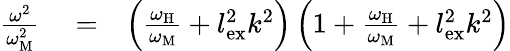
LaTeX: \begin{array}{rlr}{\frac{\omega^{2}}{\omega_{\mathrm{M}}^{2}}}&{{}=}&{\left(\frac{\omega_{\mathrm{H}}}{\omega_{\mathrm{M}}}+l_{\mathrm{ex}}^{2}k^{2}\right)\left(1+\frac{\omega_{\mathrm{H}}}{\omega_{\mathrm{M}}}+l_{\mathrm{ex}}^{2}k^{2}\right)}\end{array}